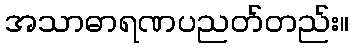
အသာဓာရဏပညတ်တည်း။